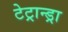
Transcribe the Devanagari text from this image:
टेट्रान्ड्रा